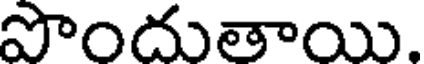
పొందుతాయి.